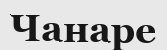
Чанаре